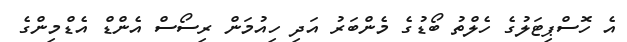
އެ ހޮސްޕިޓަލުގެ ހެލްތު ބޯޑުގެ މެންބަރު އަދި ހިއުމަން ރިސޯސް އެންޑް އެޑްމިންގެ